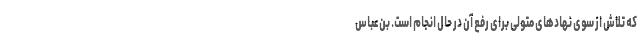
که تلاش از سوی نهادهای متولی برای رفع آن در حال انجام است. بن‌عباس